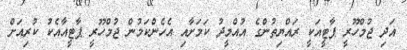
އަދި ޖުމްހޫރީ ޕާޓީއަކީ ރައްޔިތުންގެ އުއްމީދު ކަމަށާއި އެހެންކަމުން ޖުމްހޫރީ ޕާޓީއާއެކު ކުރިއަށް